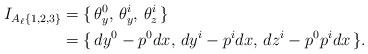
LaTeX: \begin{align*}I_{A_\ell\{1,2,3\}} & = \{\,\theta_y^0, \, \theta_y^i, \, \theta_{z}^i \, \} \\&= \{\, dy^0 - p^0 dx, \, dy^i - p^i dx,\, dz^i - p^0 p^i dx\, \} .\end{align*}